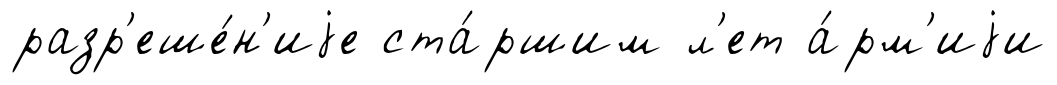
разр'еше́н'иjе ста́ршим л'ет а́рм'иjи